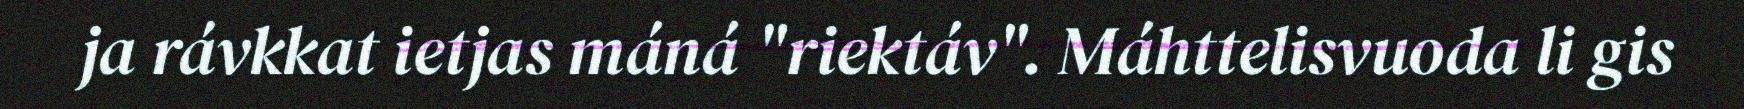
ja rávkkat ietjas máná "riektáv". Máhttelisvuoda li gis